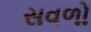
સવળો